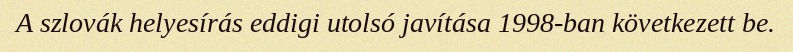
A szlovák helyesírás eddigi utolsó javítása 1998-ban következett be.